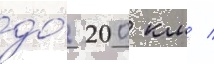
до́ 200 км /